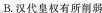
B.汉代皇权有所削弱